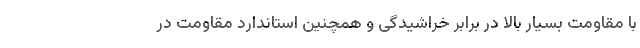
با مقاومت بسیار بالا در برابر خراشیدگی و همچنین استاندارد مقاومت در